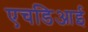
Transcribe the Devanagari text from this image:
एचडिआई